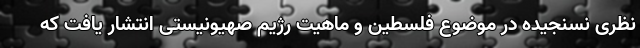
نظری نسنجیده در موضوع فلسطین و ماهیت رژیم صهیونیستی انتشار یافت که